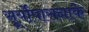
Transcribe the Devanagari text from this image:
सूर्योपासनाके